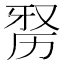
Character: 𭄮